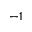
^ { - 1 }